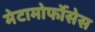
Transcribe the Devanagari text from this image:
मेटामोर्फोसेस